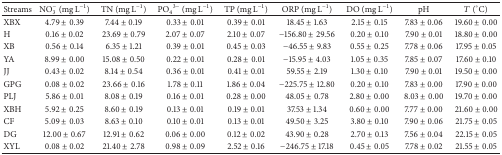
<table><thead><tr><td><b>Streams</b></td><td><b>NO<sub>3</sub><sup>−</sup> (mg L<sup>−1</sup>)</b></td><td><b>TN (mg L<sup>−1</sup>)</b></td><td><b>PO<sub>4</sub><sup>3−</sup> (mg L<sup>−1</sup>)</b></td><td><b>TP (mg L<sup>−1</sup>)</b></td><td><b>ORP (mg L<sup>−1</sup>)</b></td><td><b>DO (mg L<sup>−1</sup>)</b></td><td><b>pH</b></td><td><b><i>T</i> (°C)</b></td></tr></thead><tbody><tr><td>XBX</td><td>4.79 ± 0.39 </td><td>7.44 ± 0.19 </td><td>0.33 ± 0.01 </td><td>0.39 ± 0.01 </td><td>18.45 ± 1.63 </td><td>2.15 ± 0.15 </td><td>7.83 ± 0.06 </td><td>19.60 ± 0.00 </td></tr><tr><td>H</td><td>0.16 ± 0.02 </td><td>23.69 ± 0.79 </td><td>2.07 ± 0.07 </td><td>2.10 ± 0.07 </td><td>−156.80 ± 29.56 </td><td>0.20 ± 0.10 </td><td>7.90 ± 0.01 </td><td>18.80 ± 0.00 </td></tr><tr><td>XB</td><td>0.56 ± 0.14 </td><td>6.35 ± 1.21 </td><td>0.39 ± 0.01 </td><td>0.45 ± 0.03 </td><td>−46.55 ± 9.83 </td><td>0.55 ± 0.25 </td><td>7.78 ± 0.06 </td><td>17.95 ± 0.05 </td></tr><tr><td>YA</td><td>8.99 ± 0.00 </td><td>15.08 ± 0.50 </td><td>0.22 ± 0.01 </td><td>0.28 ± 0.01 </td><td>−15.95 ± 4.03 </td><td>1.05 ± 0.35 </td><td>7.85 ± 0.07 </td><td>17.60 ± 0.10 </td></tr><tr><td>JJ</td><td>0.43 ± 0.02 </td><td>8.14 ± 0.54 </td><td>0.36 ± 0.01</td><td>0.41 ± 0.01</td><td>59.55 ± 2.19 </td><td>1.30 ± 0.10 </td><td>7.90 ± 0.01 </td><td>19.50 ± 0.00 </td></tr><tr><td>GPG</td><td>0.08 ± 0.02 </td><td>23.66 ± 0.16 </td><td>1.78 ± 0.11 </td><td>1.86 ± 0.04 </td><td>−225.75 ± 12.80 </td><td>0.20 ± 0.10 </td><td>7.83 ± 0.00 </td><td>17.90 ± 0.00 </td></tr><tr><td>PLJ</td><td>5.86 ± 0.01 </td><td>8.08 ± 0.19 </td><td>0.16 ± 0.01 </td><td>0.28 ± 0.00 </td><td>48.05 ± 0.78 </td><td>2.80 ± 0.00 </td><td>8.03 ± 0.00 </td><td>19.70 ± 0.00 </td></tr><tr><td>XBH</td><td>5.92 ± 0.25 </td><td>8.60 ± 0.19 </td><td>0.13 ± 0.01 </td><td>0.19 ± 0.01 </td><td>37.53 ± 1.34 </td><td>0.60 ± 0.00 </td><td>7.77 ± 0.00 </td><td>21.60 ± 0.00 </td></tr><tr><td>CF</td><td>5.09 ± 0.03 </td><td>8.63 ± 0.10 </td><td>0.10 ± 0.01 </td><td>0.13 ± 0.01 </td><td>49.50 ± 3.25 </td><td>3.80 ± 0.10 </td><td>7.90 ± 0.06 </td><td>21.75 ± 0.05 </td></tr><tr><td>DG</td><td>12.00 ± 0.67 </td><td>12.91 ± 0.62 </td><td>0.06 ± 0.00 </td><td>0.12 ± 0.02 </td><td>43.90 ± 0.28 </td><td>2.70 ± 0.13 </td><td>7.56 ± 0.04 </td><td>22.15 ± 0.05 </td></tr><tr><td>XYL</td><td>0.08 ± 0.02 </td><td>21.40 ± 2.78 </td><td>0.98 ± 0.09 </td><td>2.52 ± 0.16 </td><td>−246.75 ± 17.18 </td><td>0.45 ± 0.05 </td><td>7.78 ± 0.02 </td><td>21.55 ± 0.05 </td></tr></tbody></table>